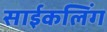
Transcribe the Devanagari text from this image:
साईकलिंग